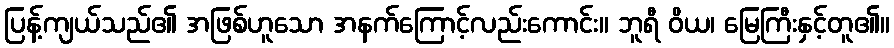
ပြန့်ကျယ်သည်၏ အဖြစ်ဟူသော အနက်ကြောင့်လည်းကောင်း။ ဘူရီ ဝိယ၊ မြေကြီးနှင့်တူ၏။